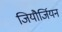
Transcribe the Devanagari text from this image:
जियौर्जियन